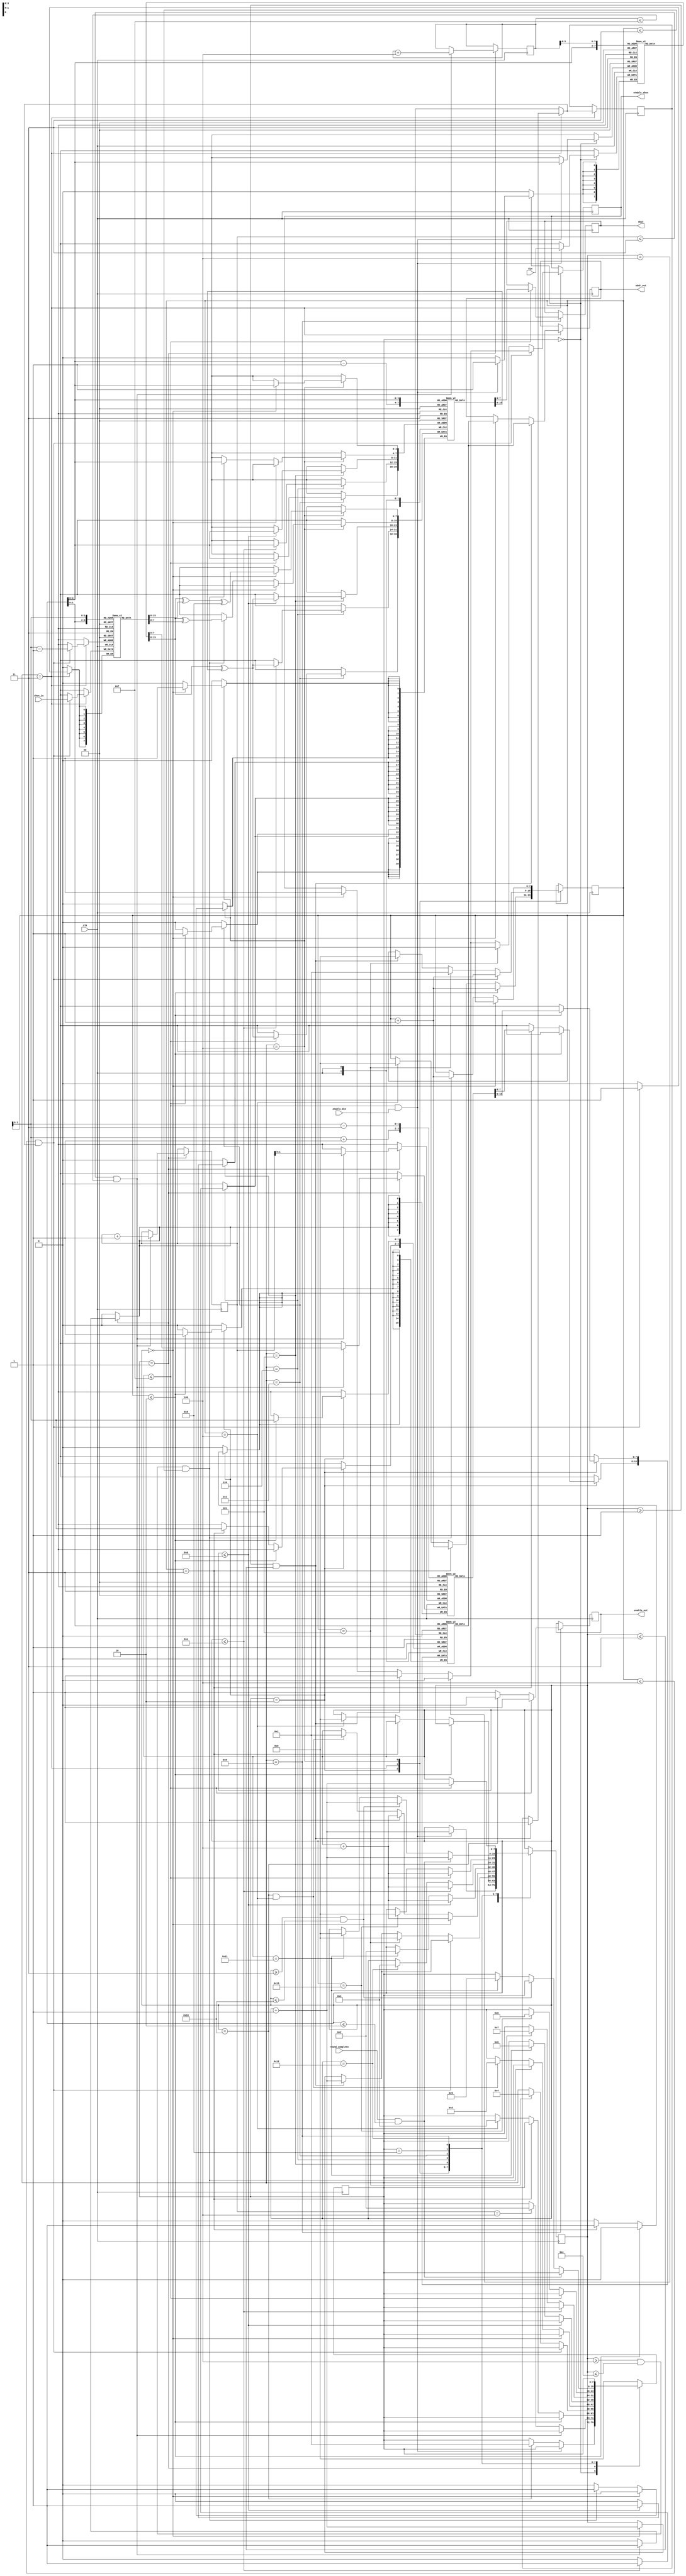
`timescale 1ns / 1ps
//////////////////////////////////////////////////////////////////////////////////
// Company: 
// Engineer: 
// 
// Design Name: 
// Module Name:    keyExp4 
// Project Name: 
// Target Devices: 
// Tool versions: 
// Description: 
//
// Dependencies: 
//
// Revision: 
// Revision 0.01 - File Created
// Additional Comments: 
//
//////////////////////////////////////////////////////////////////////////////////
module keyExp4 (clk,din,addr_out,sbox_in,dout,enable_out,enable_sbox,enable_din,round_complete);
input clk,enable_din,round_complete;
input [7:0]din,sbox_in;
output reg[7:0]dout,addr_out;
output enable_out,enable_sbox;
reg enable_out =1'd0;
reg enable_sbox =1'd0;
reg [7:0] co =8'd0;
reg [7:0] ca =8'd0;
reg [7:0] cb =8'd3;
reg [7:0] cc =8'd0;
reg [7:0] state =8'd0;
reg [7:0]mem_key[0:15];
reg [7:0] mem_rot [0:3];
reg [7:0] mem_col1 [0:3];
reg [7:0] mem_addr [0:3];
reg [7:0] mem_sbox [0:3];
reg [7:0] key_out [0:15];
reg a=0;
always@(posedge clk)begin
case(state)
8'd0:begin
    if(co<=8'd15 && enable_din==1)begin
	    mem_key[co] <= din;
		 co <= co +8'd1;
		 end
		 else if  (co == 8'd16)begin
		 state <= 8'd1;
end
end
8'd1:begin
   if(ca <= 8'd3 && cb <= 8'd15)begin
	   mem_rot[ca] <= mem_key[cb];
		ca <= ca +8'd1;
		cb <= cb + 8'd4;
	end
	else if(ca == 8'd4)begin
		 state <= 8'd2;
end
end
8'd2:begin
 if(cc <= 8'd2)begin
     mem_addr[cc] <= mem_rot[cc +1];
	  cc <= cc +8'd1;
end
else if(cc == 8'd3)begin
mem_addr[cc] <=  mem_rot[cc-3];
       cc <= cc +8'd1;
end


else if (cc == 8'd4)begin
     state <= 8'd3;
	  co <= 8'd0;
	  cc<=8'd0;
end
end
8'd3:begin
if(co == 8'd0)begin
enable_sbox =1'd1;
addr_out <= mem_addr[co];
  co <= co +8'd1;
end
if(co>=8'd1 && co<= 8'd3)begin
a =1'd1;
enable_sbox =1'd1;
addr_out <= mem_addr[co];
  co <= co +8'd1;
  
  cc<=8'd0;
end
if(co==8'd4)begin
enable_sbox =1'd0;
end
if(cc <= 8'd4 && a==1)begin
mem_sbox[cc-1] <= sbox_in;
 cc <= cc +8'd1;
end
else if (cc == 8'd5)begin
state <= 8'd4;
co <= 8'd0;
cc <= 8'd1;
enable_sbox =1'd0;
end
end

8'd4:begin
 if(co==8'd0)begin
 key_out[co] <= mem_key[co] ^ mem_sbox[co] ^ 8'd8;
  co <= co +8'd4;
  end
  else if(co>=8'd4 && co<= 8'd12 && cc<=3)begin
  key_out[co] <= mem_key[co] ^ mem_sbox[cc];
  co <= co +8'd4;
  cc <= cc +8'd1;
  end
  else if(co==8'd16 && cc== 8'd4)begin
    state <= 8'd5;
co <= 8'd1;
  end
  end
  
  8'd5:begin
   if(co<=8'd13)begin
   key_out[co] <= mem_key[co] ^ key_out[co-1];
   co <= co +8'd4;
  end
  else if(co==8'd17)begin
    state <= 8'd6;
co <= 8'd2;
  end
  end
8'd6:begin  
  if(co<=8'd14)begin
   key_out[co] <= mem_key[co] ^ key_out[co-1];
   co <= co +8'd4;
  end
  else if(co==8'd18)begin
    state <= 8'd7;
   co <= 8'd3;
  end  
  end
8'd7:begin   
  if(co<=8'd15)begin
   key_out[co] <= mem_key[co] ^ key_out[co-1];
   co <= co +8'd4;
  end
  else if(co==8'd19)begin
    state <= 8'd8;
   co <= 8'd0;
  end  
  end
  8'd8:begin
     if(round_complete==1 && co<= 8'd2)begin
         	  co<=co+8'd1;
				  end
		else if (co >=8'd3 && co <= 8'd16)begin
		 co<=co+8'd1;
              end		
				  else if(co==8'd17)begin
				  state<=8'd9;
				  co <= 8'd0;
				  end
				  end
  8'd9:begin
         enable_out<=1'd1;
			 if(co<=8'd15)begin
			 dout <= key_out[co];
			 co <= co +8'd1; 
end	
     else if(co == 8'd16)begin
	  enable_out<=1'd0;
end	  
  end
default : state <=8'd0;
endcase
end

endmodule